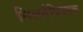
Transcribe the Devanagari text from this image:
निसर्गविषयक